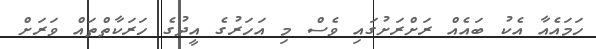
ހަމައެއާ އެކު ބައެއް ރަށްރަށުގައި ވެސް މި އަހަރުގެ އީދުގެ ހަރަކާތްތައް ވަރަށް